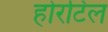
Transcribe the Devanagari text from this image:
होरटिल